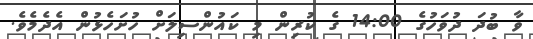
ވާ ބުދަ ދުވަހުގެ 14:00 ގެ ކުރިން މި ކައުންސިލަށް ހުށަހެޅުން އެދެމެވެ.